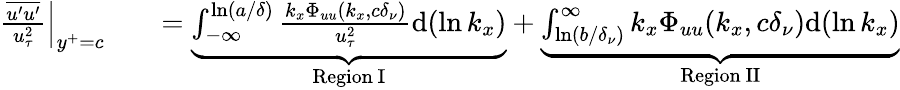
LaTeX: \begin{array}{rlr}{\frac{\overline{{u^{\prime}u^{\prime}}}}{u_{\tau}^{2}}\Big|_{y^{+}=c}}&{{}}&{=\underbrace{\int_{-\infty}^{\ln(a/\delta)}\frac{k_{x}\Phi_{uu}(k_{x},c\delta_{\nu})}{u_{\tau}^{2}}\mathrm{d}(\ln k_{x})}_{\mathrm{Region~I}}+\underbrace{\int_{\ln(b/\delta_{\nu})}^{\infty}k_{x}\Phi_{uu}(k_{x},c\delta_{\nu})\mathrm{d}(\ln k_{x})}_{\mathrm{Region~II}}}\end{array}